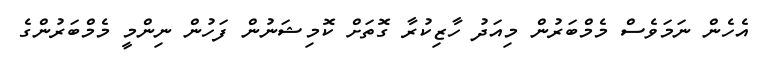
އެހެން ނަމަވެސް މެމްބަރުން މިއަދު ހާޒިކުރާ ގޮތަށް ކޮމިޝަނުން ފަހުން ނިންމީ މެމްބަރުންގެ